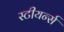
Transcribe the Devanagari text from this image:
स्टीयर्न्स